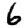
Digit: 6